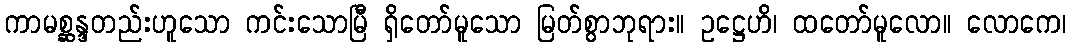
ကာမစ္ဆန္ဒတည်းဟူသော ကင်းသောမြီ ရှိတော်မူသော မြတ်စွာဘုရား။ ဥဋ္ဌေဟိ၊ ထတော်မူလော။ လောကေ၊